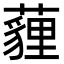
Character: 薶